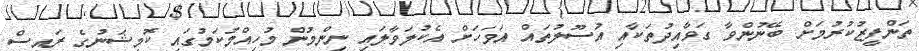
ތަންފީޒުކުރުމަށް ބޭނުންވާ ގަވާއިދުތަކާއި އުސޫލުތައް އަވަހަށް އެކުލަވާލައި ނިންމުން މުހިއްމުކަމުގައި ކޮމިޝަނުގެ ރައީސް